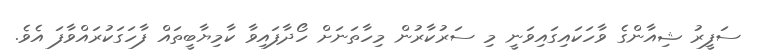
ސަފީރު ޝިއާންގެ ވާހަކައިގައިވަނީ މި ސަރުކާރުން މިހާތަނަށް ހޯދާފައިވާ ކާމިޔާބީތައް ފާހަގަކުރައްވާފަ އެވެ.